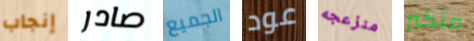
إنجاب صادر الجميع عود منزعجه متكبر